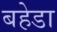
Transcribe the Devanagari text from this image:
बहेडा